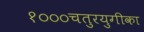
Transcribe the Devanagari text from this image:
१०००चतुरयुगीका